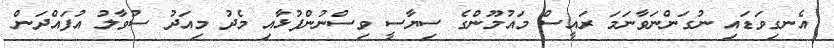
އެނގިވަޑައި ނުގަންނަވާނަމަ ރައީސް މައުމޫންގެ ސިޔާސީ ވިސްނުންފުޅާއި މެދު މިއަދު ސުވާލު އުފައްދަން